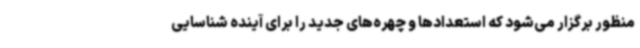
منظور برگزار می‌شود که استعدادها و چهره‌های جدید را برای آینده شناسایی